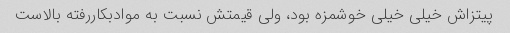
پیتزاش خیلی خیلی خوشمزه بود، ولی قیمتش نسبت به موادبکاررفته بالاست